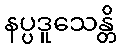
နပ္ပဒူသေန္တိ